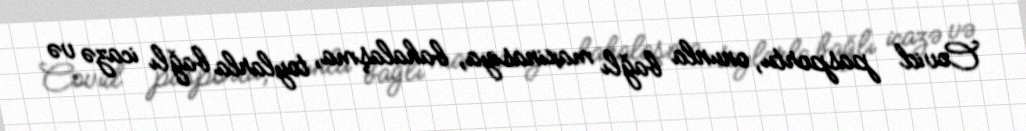
Covid pasportu, onunla bağlı maxinasiya, bahalaşma, toylarla bağlı icazə və